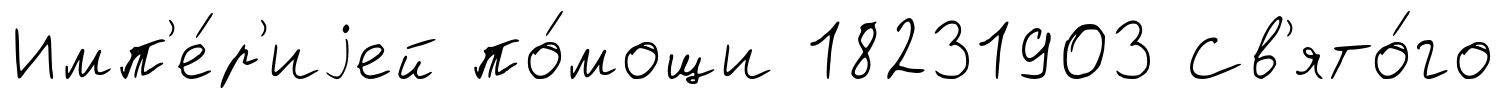
Имп'е́р'иjей по́мощи 18231903 Св'ято́го